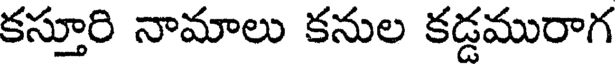
కస్తూరి నామాలు కనుల కడ్డమురాగ